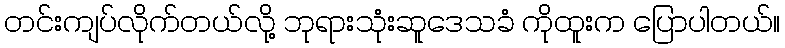
တင်းကျပ်လိုက်တယ်လို့ ဘုရားသုံးဆူဒေသခံ ကိုထူးက ပြောပါတယ်။